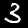
Label: 3